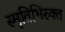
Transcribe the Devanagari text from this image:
स्मृतिभिरुक्त